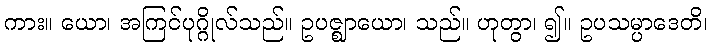
ကား။ ယော၊ အကြင်ပုဂ္ဂိုလ်သည်။ ဥပဇ္ဈာယော၊ သည်။ ဟုတွာ၊ ၍။ ဥပသမ္ပာဒေတိ၊